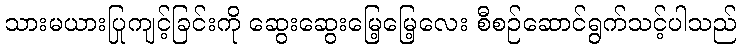
သားမယားပြုကျင့်ခြင်းကို ဆွေးဆွေးမြေ့မြေ့လေး စီစဉ်ဆောင်ရွက်သင့်ပါသည်